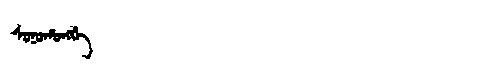
Manchu: ᠰᠣᠨᠣᡥᠣᠩᡤᡝ
Romanization: SONOHONGGE